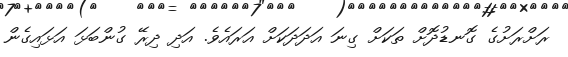
ރަށްރަށުގެ ގޮނޑުދޮށް ތަކަށް ގިނަ އަދަދަކަށް އަރައެވެ. އަދި ދިރޭ ގުންބަޅަ އަޅައިގެން